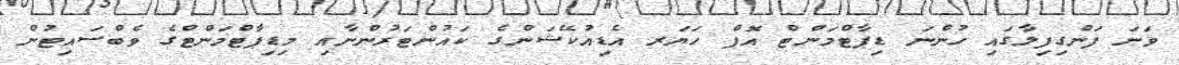
ވަނަ ފަންގިފިލާގައި ހުންނަ ޑިޕާޓްމަންޓް އޮފް ހަޔަރ އެޑިއުކޭޝަންގެ ކައުންޓަރުންނާއި މިޑިޕާޓްމަންޓްގެ ވެބްސައިޓުން